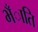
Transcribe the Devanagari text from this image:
भँाति